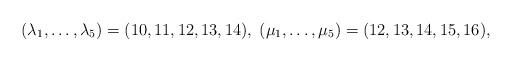
LaTeX: \begin{align*}(\lambda_1,\ldots, \lambda_5) = (10,11,12,13,14),\; (\mu_1,\ldots, \mu_5) = (12,13,14,15,16),\end{align*}